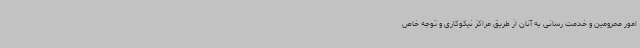
امور محرومین و خدمت رسانی به آنان از طریق مراکز نیکوکاری و توجه خاص